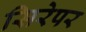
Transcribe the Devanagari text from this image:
सिरेपर